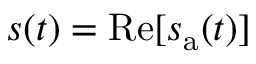
s ( t ) = \operatorname { R e } [ s _ { \mathrm { a } } ( t ) ]